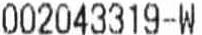
002043319-W